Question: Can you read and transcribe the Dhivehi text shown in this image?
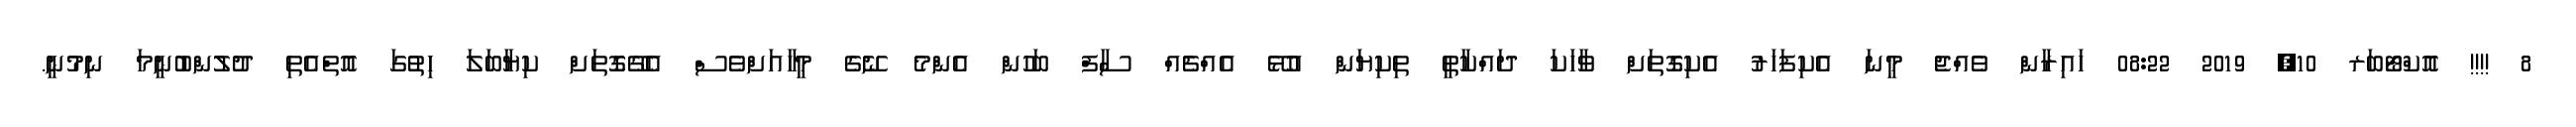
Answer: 8 !!!! އޮކްޓޯބަރ 10, 2019 08:22 ހައިރާން ވެއްޖެ މީނަ އެކިފަހަރު އެކިގޮތަށް ވާހަކަ ދައްކާތީ ތިކިޔަން އުޅޭ އެއްޗެއް ސާފް ބަހުން އެންމެ ނޭގެ މީހާއަށްވެސް އެގޭގޮތަށް ކިޔާބަލަ ހިތުގަ އޮތްއެތި ދުލުންބުނީމަ ނިމުނީ.